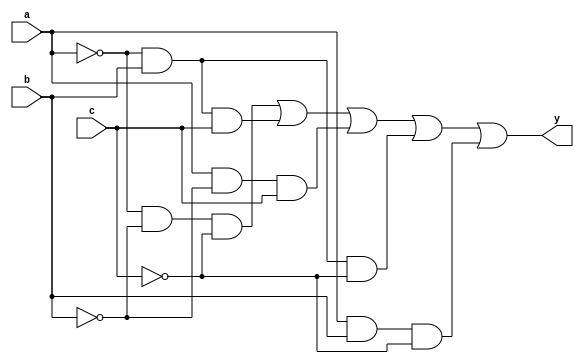
module combinational_logic (
    input wire a,      // Input A
    input wire b,      // Input B
    input wire c,      // Input C
    output wire y      // Output Y
);

// Define the logic function using a case statement
// Let's assume the function is defined as follows:
// y = 1 for (a, b, c) = (0, 0, 0), (0, 1, 1), (1, 0, 1)
// Don't Care conditions are (0, 1, 0) and (1, 1, 0)

assign y = (a == 0 && b == 0 && c == 0) ||  // 000 -> y = 1
           (a == 0 && b == 1 && c == 1) ||  // 011 -> y = 1
           (a == 1 && b == 0 && c == 1) ||  // 101 -> y = 1
           (a == 0 && b == 1 && c == 0) ||  // 010 -> Don't Care
           (a == 1 && b == 1 && c == 0);    // 110 -> Don't Care

endmodule